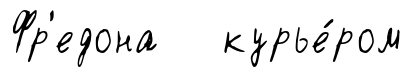
Фр'едона курье́ром